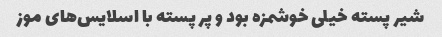
شیر پسته خیلی خوشمزه بود و پر پسته با اسلایس‌های موز